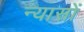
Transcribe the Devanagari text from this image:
न्‍यासों